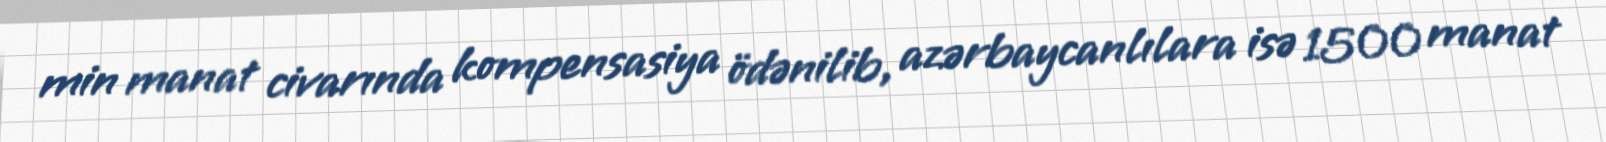
min manat civarında kompensasiya ödənilib, azərbaycanlılara isə 1500 manat